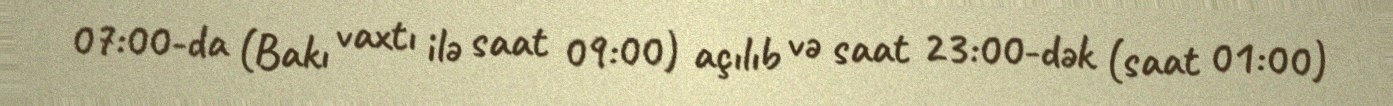
07:00-da (Bakı vaxtı ilə saat 09:00) açılıb və saat 23:00-dək (saat 01:00)